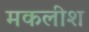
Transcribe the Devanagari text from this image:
मकलीश